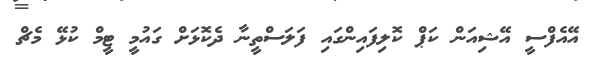
އޭއެފްސީ އޭޝިއަން ކަޕް ކޮލިފައިންގައި ފަލަސްތީނާ ދެކޮޅަށް ގައުމީ ޓީމް ކުޅޭ މެޗް